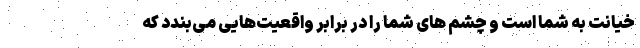
خیانت به شما است و چشم های شما را در برابر واقعیت‌هایی می‌بندد که